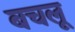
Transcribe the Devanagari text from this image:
बचलू